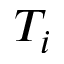
T _ { i }